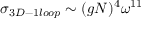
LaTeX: \sigma _ { 3 D - 1 l o o p } \sim ( g N ) ^ { 4 } \omega ^ { 1 1 }